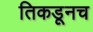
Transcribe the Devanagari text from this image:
तिकडूनच